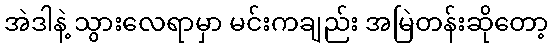
အဲဒါနဲ့ သွားလေရာမှာ မင်းကချည်း အမြဲတန်းဆိုတော့